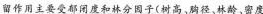
留作用主要受郁闭度和林分因子(树高，胸径、林龄。密度